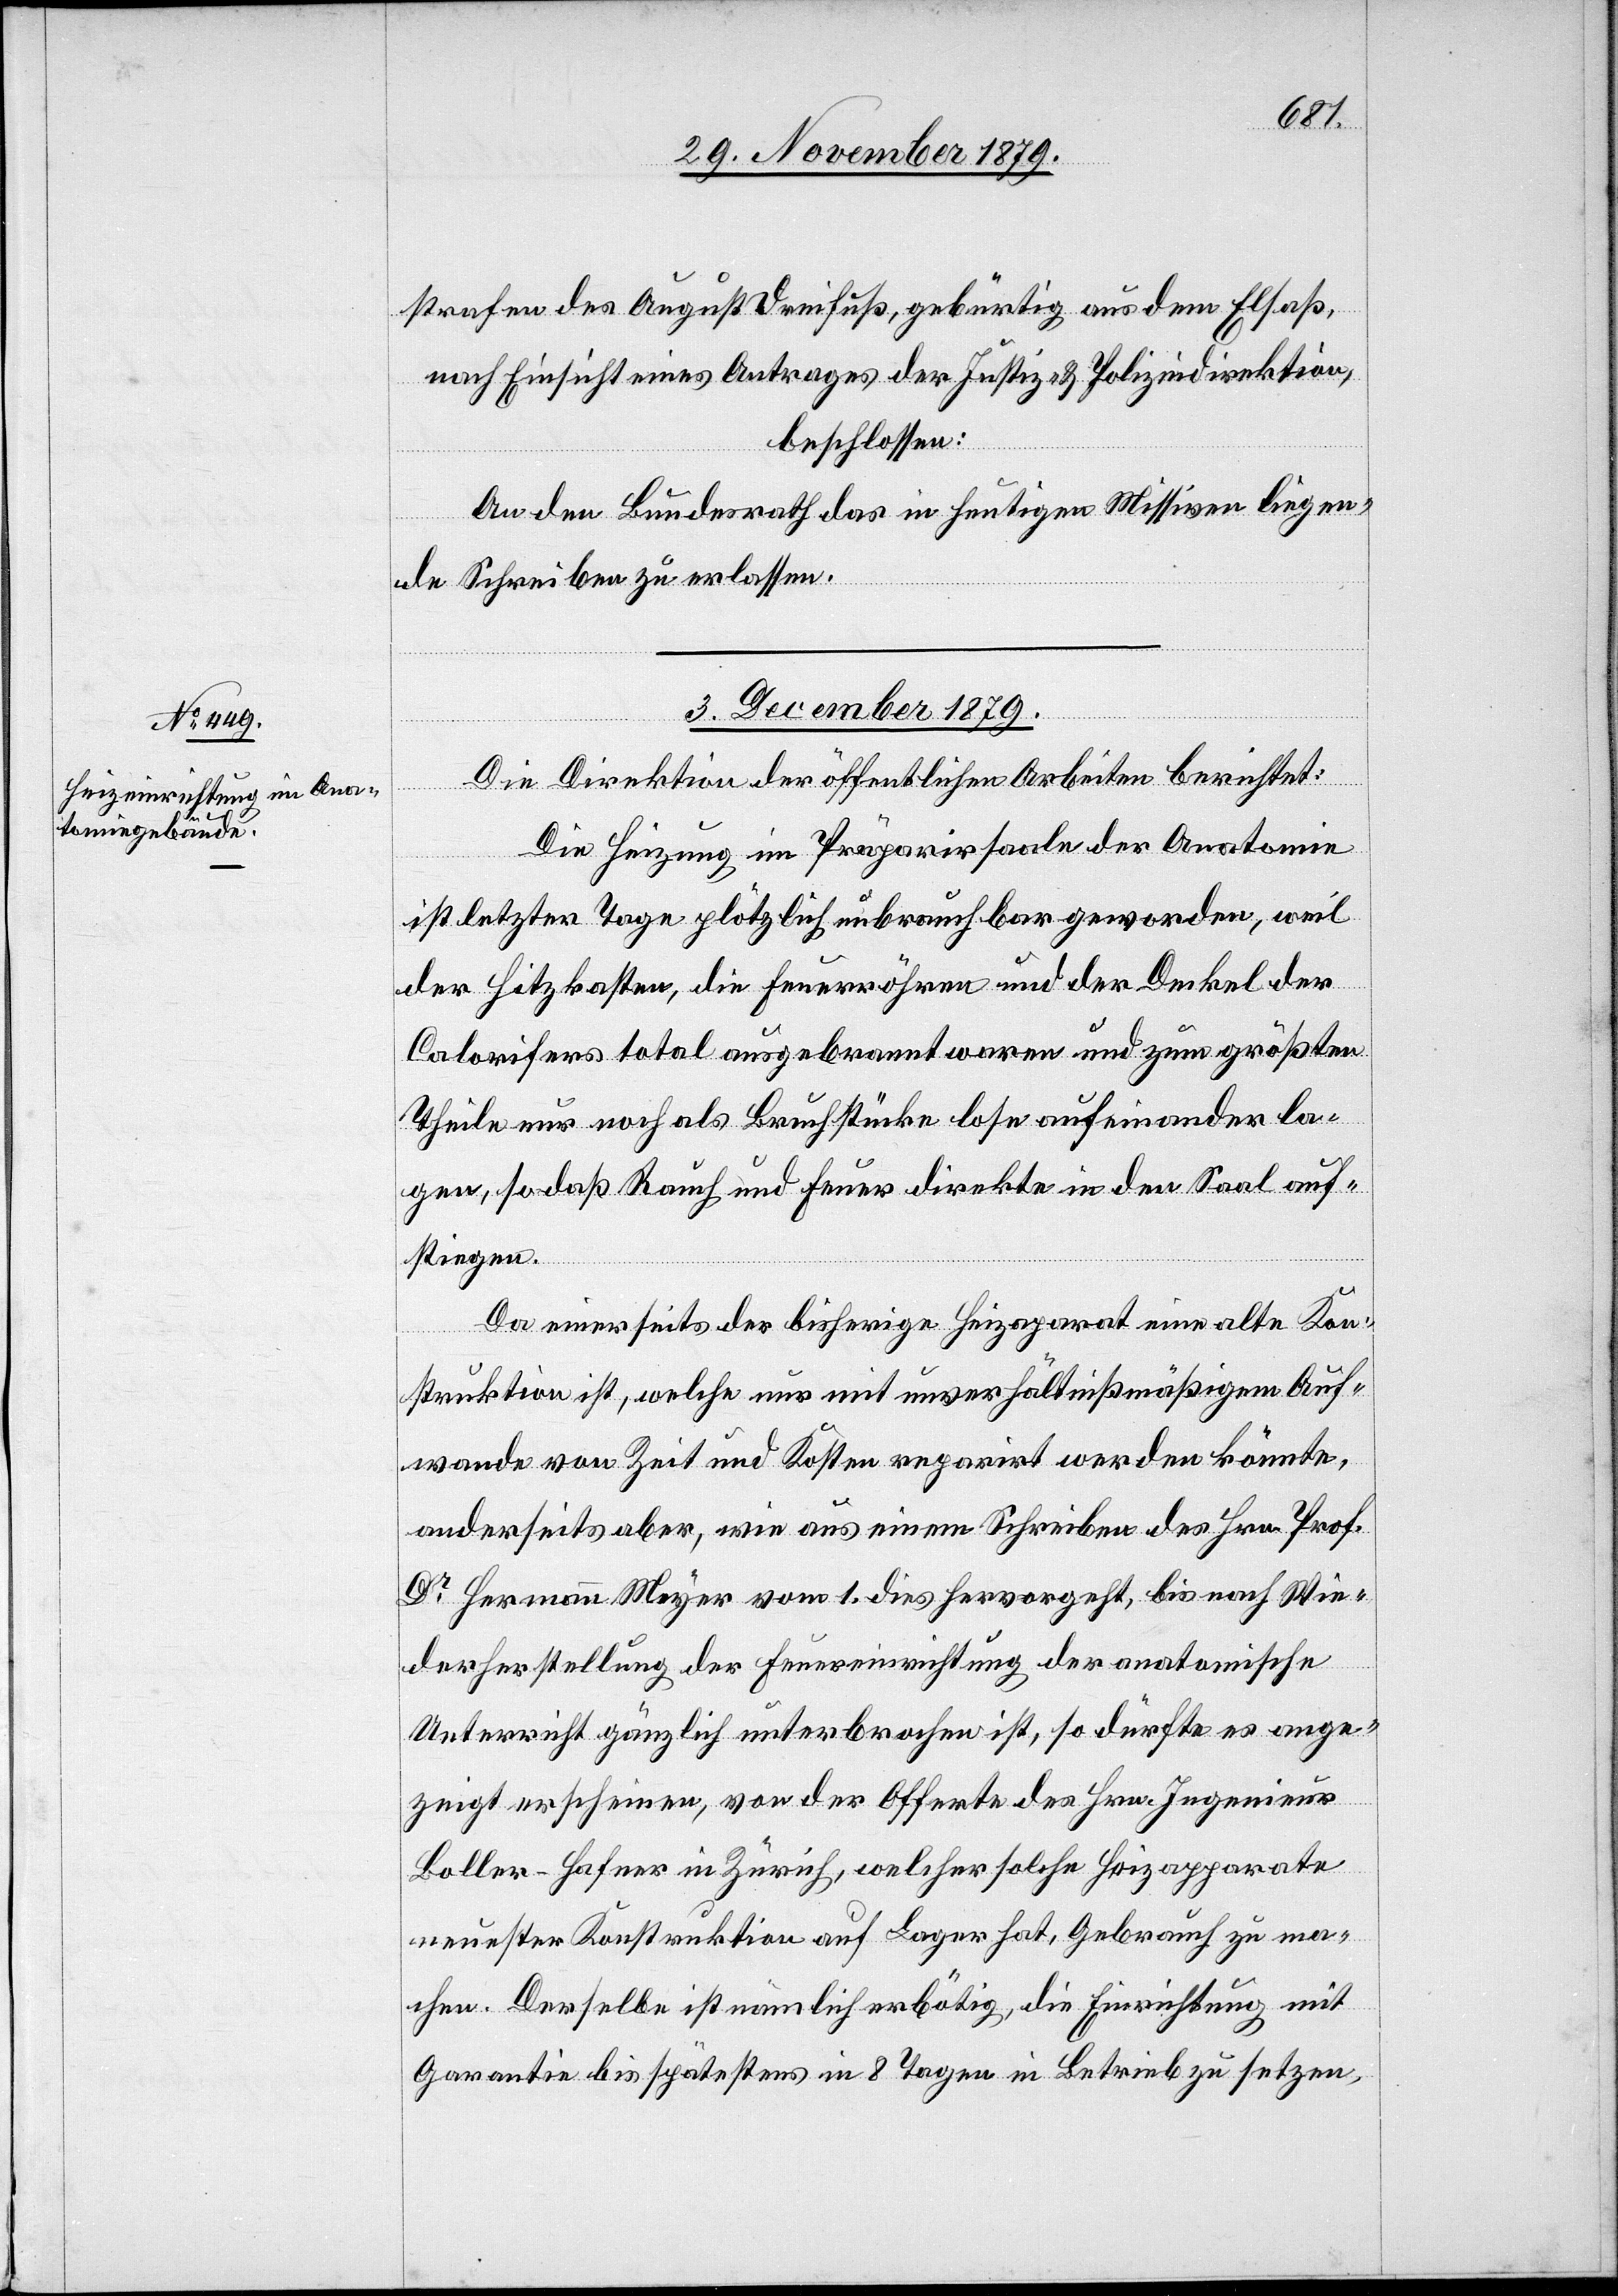
3. December 1879.
strafen des August Dreifuß, gebürtig aus dem Elsaß,
nach Einsicht eines Antrages der Justiz- & Polizeidirektion,
beschlossen:
An den Bundesrath das in heutigen Missiven liegen¬
de Schreiben zu erlassen.
Die Direktion der öffentlichen Arbeiten berichtet:
Die Heizung im Präparirsaale der Anatomie
ist letzter Tage plötzlich unbrauchbar geworden, weil
der Hitzkasten, Feuerröhren und der Deckel der
Colorifers total ausgebrannt waren und zum größten
Theile nur noch als Bruchstücke lose aufeinander la¬
gen, so daß Rauch und Feuer direkte in den Saal auf¬
stiegen.
Da einerseits der bisherige Heizap[p]arat eine alte Kon¬
struktion ist, welche nur mit unverhältnißmäßigem Auf¬
wande von Zeit und Kosten reparirt werden könnte,
anderseits aber, wie aus einem Schreiben des Hrn. Prof.
Dr Hermann Meyer vom 1. dies hervorgeht, bis nach Wie¬
derherstellung der Feuereinrichtung der anatomische
Unterricht gänzlich unterbrochen ist, so dürfte es ange¬
zeigt erscheinen, von der Offerte des Hrn. Ingenieur
Boller-Hafner in Zürich, welcher solche Heizapparate
neuster Konstruktion auf Lager hat, Gebrauch zu ma¬
chen. Derselbe ist nämlich erbötig, die Einrichtung mit
Garantie bis spätestens in 8 Tagen in Betrieb zu setzen,